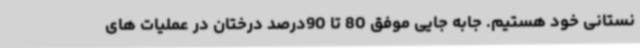
نستانی خود هستیم. جابه جایی موفق 80 تا 90درصد درختان در عملیات های